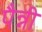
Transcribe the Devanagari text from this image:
पैन्नी